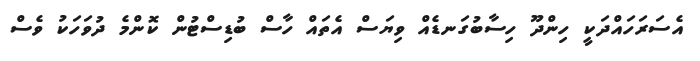
އެސަރަހައްދަކީ ހިންދޫ ހިސާބުގަނޑެއް ވިޔަސް އެތައް ހާސް ބުޑިސްޓުން ކޮންމެ ދުވަހަކު ވެސް